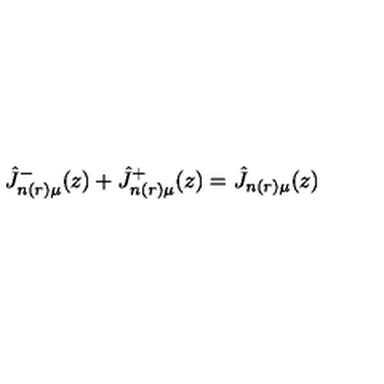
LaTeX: \hat { J } _ { n ( r ) \mu } ^ { - } ( z ) + \hat { J } _ { n ( r ) \mu } ^ { + } ( z ) = \hat { J } _ { n ( r ) \mu } ( z )